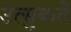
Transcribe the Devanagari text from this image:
उत्सुकते